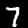
Digit: 7